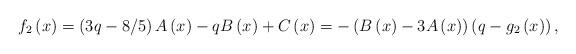
LaTeX: \begin{align*}f_{2}\left( x\right) =\left( 3q-8/5\right) A\left( x\right) -qB\left(x\right) +C\left( x\right) =-\left( B\left( x\right) -3A\left( x\right)\right) \left( q-g_{2}\left( x\right) \right) , \end{align*}